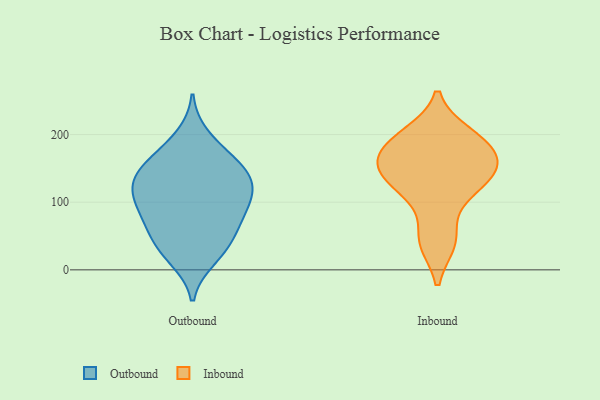
{"axis": {"x": "Population (Million)", "y": "Value"}, "legend": ["Inbound", "Outbound"], "data": [{"x": "", "y": 143, "type": "Outbound"}, {"x": "", "y": 149, "type": "Outbound"}, {"x": "", "y": 94, "type": "Outbound"}, {"x": "", "y": 49, "type": "Outbound"}, {"x": "", "y": 139, "type": "Outbound"}, {"x": "", "y": 83, "type": "Outbound"}, {"x": "", "y": 120, "type": "Outbound"}, {"x": "", "y": 110, "type": "Outbound"}, {"x": "", "y": 114, "type": "Outbound"}, {"x": "", "y": 135, "type": "Outbound"}, {"x": "", "y": 169, "type": "Outbound"}, {"x": "", "y": 198, "type": "Outbound"}, {"x": "", "y": 100, "type": "Outbound"}, {"x": "", "y": 37, "type": "Outbound"}, {"x": "", "y": 16, "type": "Outbound"}, {"x": "", "y": 66, "type": "Outbound"}, {"x": "", "y": 167, "type": "Outbound"}, {"x": "", "y": 22, "type": "Outbound"}, {"x": "", "y": 64, "type": "Outbound"}, {"x": "", "y": 155, "type": "Inbound"}, {"x": "", "y": 118, "type": "Inbound"}, {"x": "", "y": 112, "type": "Inbound"}, {"x": "", "y": 172, "type": "Inbound"}, {"x": "", "y": 192, "type": "Inbound"}, {"x": "", "y": 140, "type": "Inbound"}, {"x": "", "y": 41, "type": "Inbound"}, {"x": "", "y": 152, "type": "Inbound"}, {"x": "", "y": 191, "type": "Inbound"}, {"x": "", "y": 45, "type": "Inbound"}, {"x": "", "y": 200, "type": "Inbound"}, {"x": "", "y": 151, "type": "Inbound"}]}